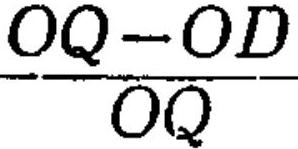
\(\frac{OQ - OD}{OQ}\)